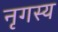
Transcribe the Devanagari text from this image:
नृगस्य